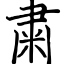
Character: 粛